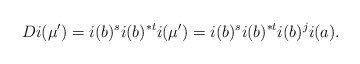
\begin{align*}Di(\mu') = i(b)^si(b)^{*t}i(\mu') = i(b)^si(b)^{*t}i(b)^ji(a).\end{align*}